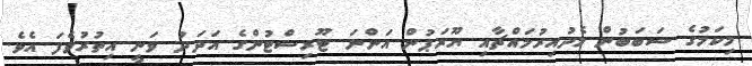
މިކަމުގެ ސަބަބުން މެދުއިރުމައްޗާއި ޔޫރަޕުން އަންނަ ޓޫރިސްޓުންގެ އަދަދު ވަނީ އިތުރުވެފަ އެވެ.